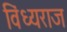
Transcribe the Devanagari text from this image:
विंध्यराज